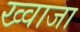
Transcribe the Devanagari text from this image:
ख्‍वाजा